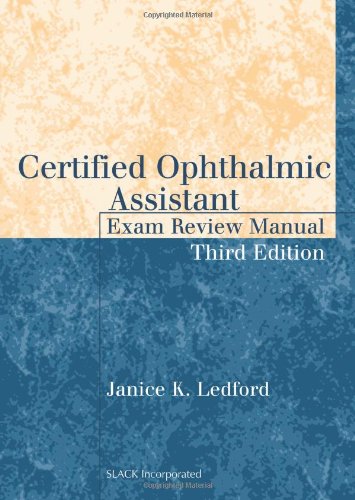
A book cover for Certified Ophthalmic Assistant Exam Review Manual; Janice K. Ledford COMT; Medical Books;